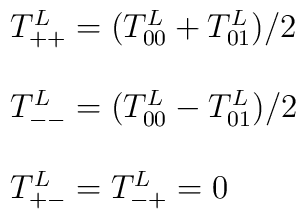
\begin{array}{ll}T_{++}^L = (T_{00}^L + T_{01}^L)/2 \\\\T_{--}^L = (T_{00}^L - T_{01}^L)/2 \\\\T_{+-}^L = T_{-+}^L = 0\end{array}